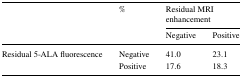
| <ROWSPAN=2>  | <ROWSPAN=2> % | <COLSPAN=2> Residual MRI enhancement |
 | Negative | Positive |
 | --- | --- | --- | --- |
 | <ROWSPAN=2> Residual 5-ALA fluorescence | Negative | 41.0 | 23.1 |
 | Positive | 17.6 | 18.3 |